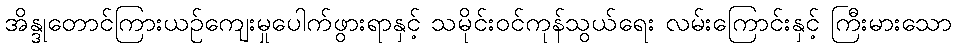
အိန္ဒုတောင်ကြားယဉ်ကျေးမှုပေါက်ဖွားရာနှင့် သမိုင်းဝင်ကုန်သွယ်ရေး လမ်းကြောင်းနှင့် ကြီးမားသော